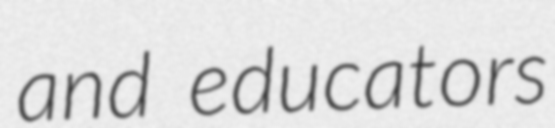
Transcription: and educators